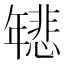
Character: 𫷞